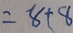
= 8 + 8